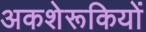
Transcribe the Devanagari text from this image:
अकशेरूकियों